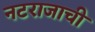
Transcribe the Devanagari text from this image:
नटराजाची